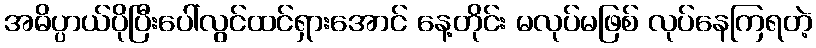
အဓိပ္ပာယ်ပိုပြီးပေါ်လွင်ထင်ရှားအောင် နေ့တိုင်း မလုပ်မဖြစ် လုပ်နေကြရတဲ့